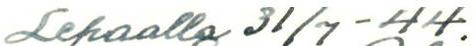
Lepaalla 31/7 -44.